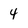
Character: 4